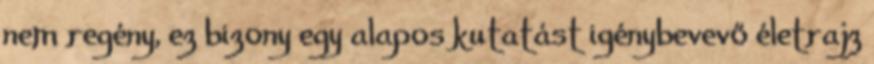
nem regény, ez bizony egy alapos kutatást igénybevevő életrajz